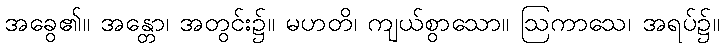
အခွေ၏။ အန္တော၊ အတွင်း၌။ မဟတိ၊ ကျယ်စွာသော။ ဩကာသေ၊ အရပ်၌။